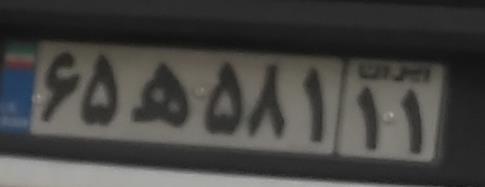
۶۵ه۵۸۱۱۱